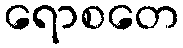
ရောစတေ